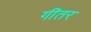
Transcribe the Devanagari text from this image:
गींतर